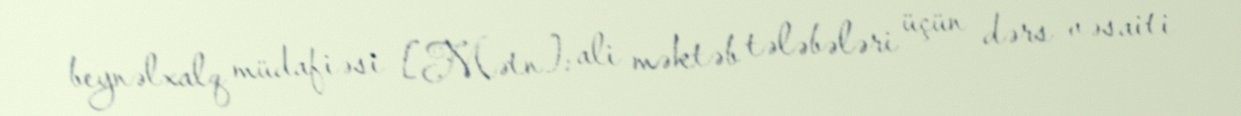
beynəlxalq müdafiəsi [Mətn]: ali məktəb tələbələri üçün dərs vəsaiti